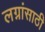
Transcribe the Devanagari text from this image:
लग्नांसाठी